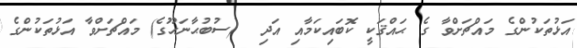
އަޅުތަކުންގެ މައްޗަށްވާ ގެ ޙައްޤަކީ ކޮބައިކަމާއި އަދި  (ސުބުޙާނަހޫގެ) މައްޗަށްވާ އަޅުތަކުންގެ